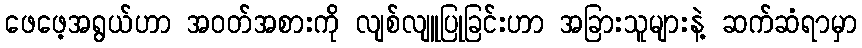
ဖေဖေ့အရွယ်ဟာ အဝတ်အစားကို လျစ်လျူပြုခြင်းဟာ အခြားသူများနဲ့ ဆက်ဆံရာမှာ